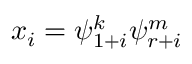
x _ { i } = \psi _ { 1 + i } ^ { k } \psi _ { r + i } ^ { m }